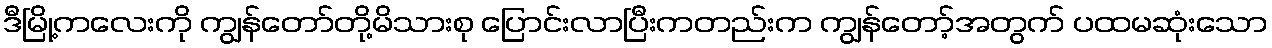
ဒီမြို့ကလေးကို ကျွန်တော်တို့မိသားစု ပြောင်းလာပြီးကတည်းက ကျွန်တော့်အတွက် ပထမဆုံးသော